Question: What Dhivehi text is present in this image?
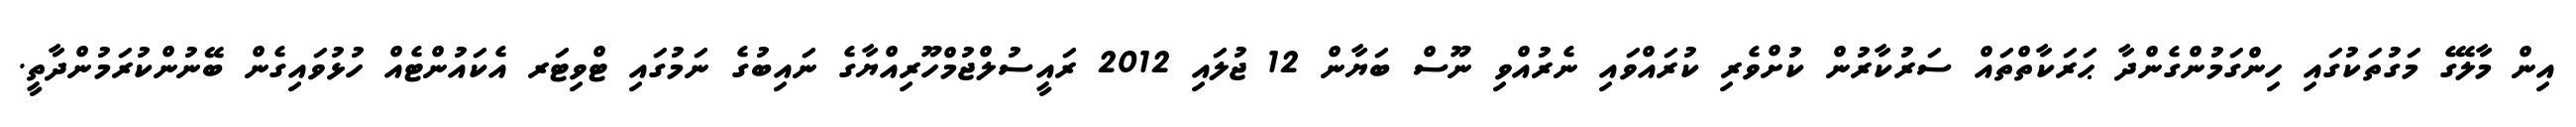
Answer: އިން މާލޭގެ މަގުތަކުގައި ހިންގަމުންގެންދާ ޙަރަކާތްތައް ސަރުކާރުން ކުށްވެރި ކުރައްވައި ނެރުއްވި ނޫސް ބަޔާން 12 ޖުލައި 2012 ރައީސުލްޖުމްހޫރިއްޔާގެ ނައިބުގެ ނަމުގައި ޓްވިޓަރ އެކައުންޓެއް ހުޅުވައިގެން ބޭނުންކުރަމުންދާތީ.